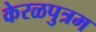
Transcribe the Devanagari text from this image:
केरळपुत्रम